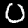
Label: 0